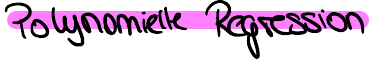
Polynomielle Regression